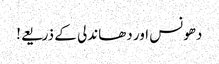
دھونس اور دھاندلی کے ذریعے!